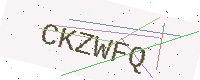
Text: CKZWFQ